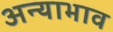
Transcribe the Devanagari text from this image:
अन्याभाव